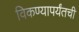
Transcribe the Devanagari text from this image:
विकण्यापर्यंतची